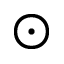
\odot